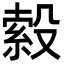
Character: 𭮹